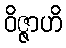
ဝိဇ္ဇာဟိ